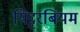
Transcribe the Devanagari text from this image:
यिट्टरबियम